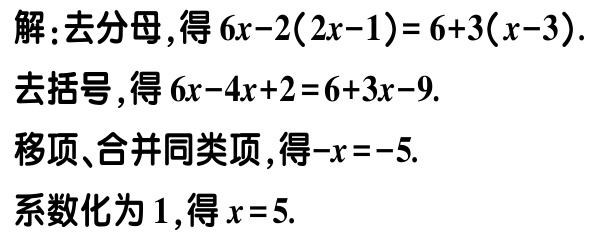
解：去分母，得\(6x - 2(2x - 1) = 6 + 3(x - 3)\).

去括号，得\(6x - 4x + 2 = 6 + 3x - 9\).

移项、合并同类项，得\(-x = -5\).

系数化为\(1\)，得\(x = 5\).